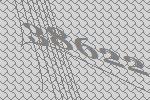
38622